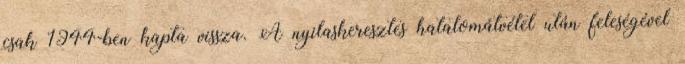
csak 1944-ben kapta vissza. A nyilaskeresztes hatalomátvétel után feleségével